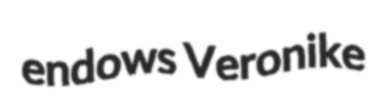
endows Veronike